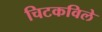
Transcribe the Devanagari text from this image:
चिटकविले